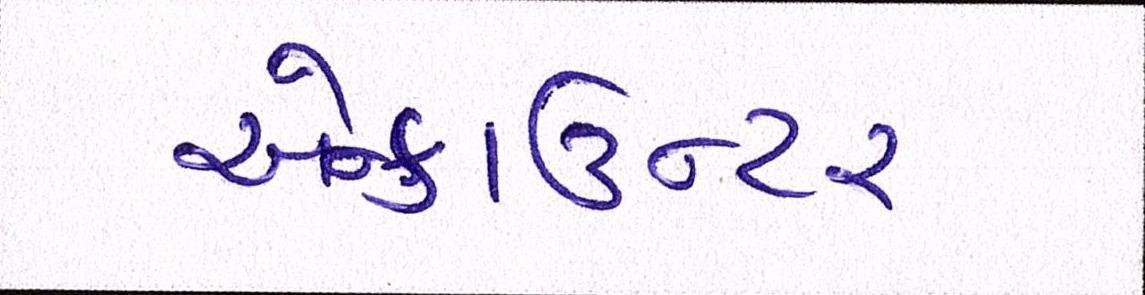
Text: એન્કાઉન્ટર